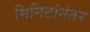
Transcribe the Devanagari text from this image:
मिनिटांनंतर